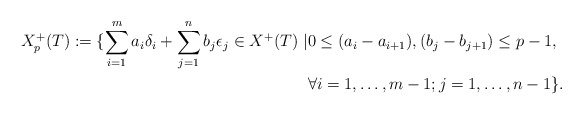
\begin{align*}X_p^+(T):=\{\sum_{i=1}^ma_i\delta_i+\sum_{j=1}^n b_j\epsilon_j\in X^+(T)\mid &0\leq(a_{i}-a_{i+1}), (b_{j}-b_{j+1})\leq p-1,\cr &\forall i=1,\ldots,m-1; j=1,\ldots,n-1\}.\end{align*}